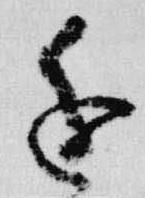
進